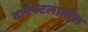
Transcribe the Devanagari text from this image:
वर्णपटलातील